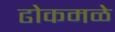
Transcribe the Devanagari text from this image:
ढोकमळे